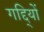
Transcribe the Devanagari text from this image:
गद्दि्यों